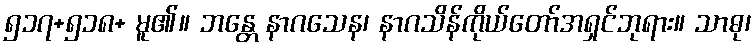
၅၁၇+၅၁၈+ မူ၏။ ဘန္တေ နာဂသေန၊ နာဂသိန်ကိုယ်တော်အရှင်ဘုရား။ သာဓု၊